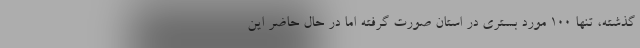
گذشته، تنها ۱۰۰ مورد بستری در استان صورت گرفته اما در حال حاضر این